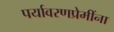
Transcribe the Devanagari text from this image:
पर्यावरणप्रेमींना